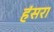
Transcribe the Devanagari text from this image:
हंसरा